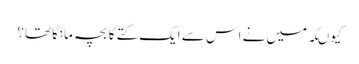
کیوںکہ میں نے اس سے ایک کتے کا بچہ مانگا تھا؟